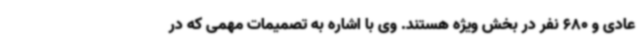
عادی و 680 نفر در بخش ویژه هستند. وی با اشاره به تصمیمات مهمی که در